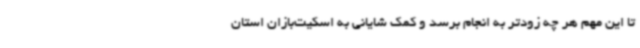
تا این مهم هر چه زودتر به انجام برسد و کمک شایانی به اسکیت‌بازان استان